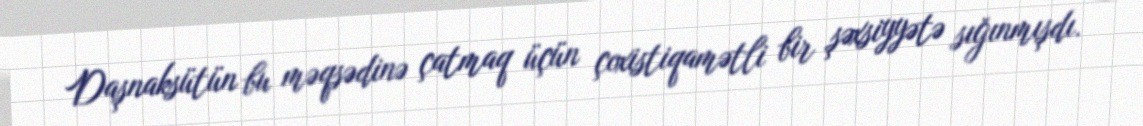
Daşnaksütün bu məqsədinə çatmaq üçün çoxistiqamətli bir şəxsiyyətə sığınmışdı.